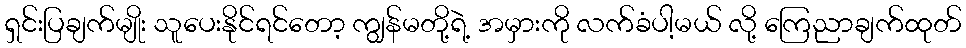
ရှင်းပြချက်မျိုး သူပေးနိုင်ရင်တော့ ကျွန်မတို့ရဲ့ အမှားကို လက်ခံပါ့မယ် လို့ ကြေညာချက်ထုတ်